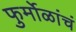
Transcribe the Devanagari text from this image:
फुर्मोळांचं